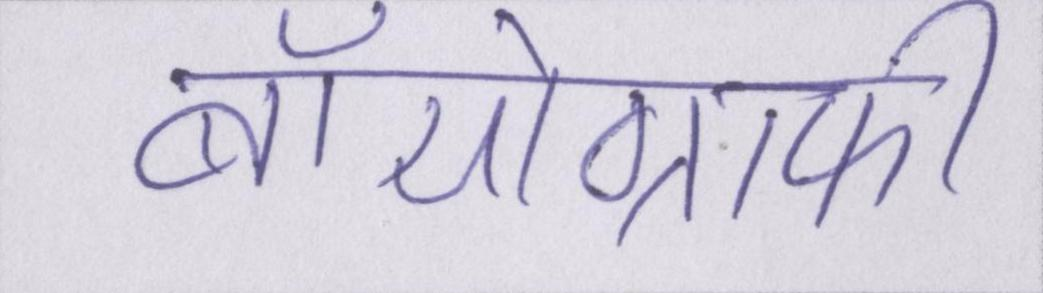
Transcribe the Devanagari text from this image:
बॉयोग्राफी